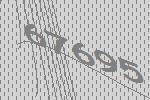
67695